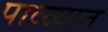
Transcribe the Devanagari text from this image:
पाळ्यात